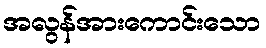
အလွန်အားကောင်းသော